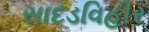
સાદડવિહીર